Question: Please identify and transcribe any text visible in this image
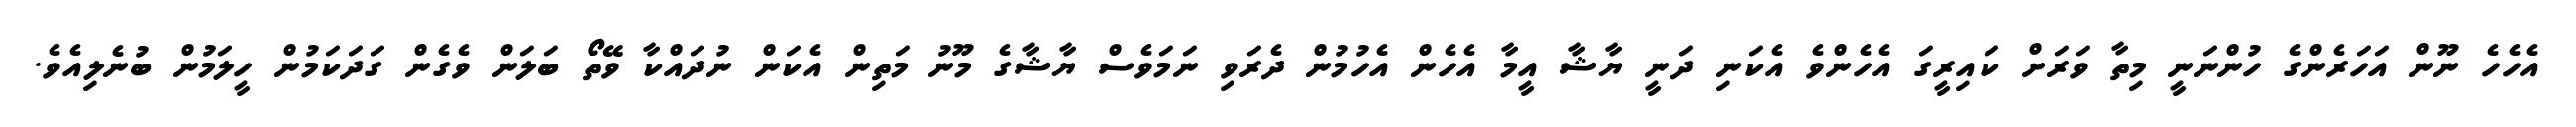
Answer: އެހެހެ ނޫން އަހަރެންގެ ހުންނަނީ މިތާ ވަރަށް ކައިރީގަ އެހެންވެ އެކަނި ދަނީ ޔާޝާ އީމާ އެހެން އެހުމުން ދެރަވި ނަމަވެސް ޔާޝާގެ މޫނު މަތިން އެކަން ނުދައްކާ ވޭތޯ ބަލަން ވެގެން ގަދަކަމުން ހީލަމުން ބުނެލިއެވެ.